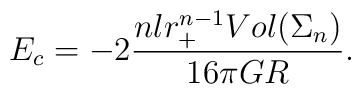
E_c= -2 \frac{nlr_+^{n-1}Vol(\Sigma_n)}{16\pi GR}.